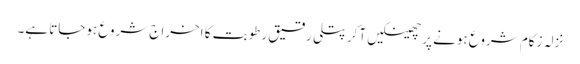
نزلہ زکام شروع ہونے پر چھینکیں آکر پتلی رقیق رطوبت کا اخراج شروع ہوجاتا ہے۔